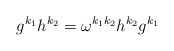
\begin{align*}g^{k_1}h^{k_2}=\omega^{k_1k_2}h^{k_2}g^{k_1}\end{align*}